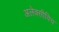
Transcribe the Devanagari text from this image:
अलेक्सीविच